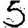
Digit: 5